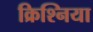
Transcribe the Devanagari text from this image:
क्रिश्निया